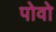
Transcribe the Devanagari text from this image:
पोवो